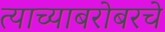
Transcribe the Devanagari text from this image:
त्याच्याबरोबरचे